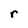
Character: r